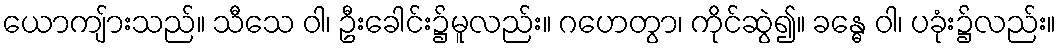
ယောကျ်ားသည်။ သီသေ ဝါ၊ ဦးခေါင်း၌မူလည်း။ ဂဟေတွာ၊ ကိုင်ဆွဲ၍။ ခန္ဓေ ဝါ၊ ပခုံး၌လည်း။